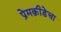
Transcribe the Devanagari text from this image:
प्रेमक्रीडेचा